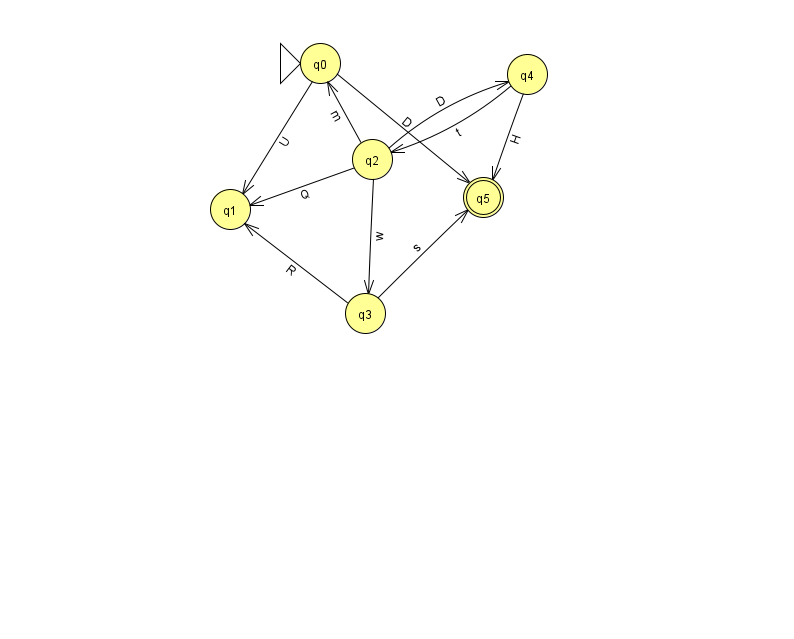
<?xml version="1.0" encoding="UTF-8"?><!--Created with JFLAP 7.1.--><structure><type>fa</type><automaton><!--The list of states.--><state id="0" name="q0"><x>320.0</x><y>50.0</y><initial/></state><state id="1" name="q1"><x>230.0</x><y>196.0</y></state><state id="2" name="q2"><x>372.0</x><y>146.0</y></state><state id="3" name="q3"><x>365.0</x><y>300.0</y></state><state id="4" name="q4"><x>527.0</x><y>61.0</y></state><state id="5" name="q5"><x>483.0</x><y>184.0</y><final/></state><!--The list of transitions.--><transition><from>3</from><to>1</to><read>R</read></transition><transition><from>3</from><to>5</to><read>s</read></transition><transition><from>4</from><to>5</to><read>H</read></transition><transition><from>2</from><to>0</to><read>m</read></transition><transition><from>2</from><to>3</to><read>w</read></transition><transition><from>2</from><to>4</to><read>D</read></transition><transition><from>4</from><to>2</to><read>t</read></transition><transition><from>0</from><to>1</to><read>U</read></transition><transition><from>2</from><to>1</to><read>Q</read></transition><transition><from>0</from><to>5</to><read>D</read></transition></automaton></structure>